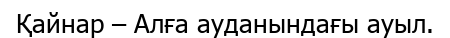
Қайнар – Алға ауданындағы ауыл.